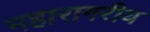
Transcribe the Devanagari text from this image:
महारागरीय